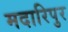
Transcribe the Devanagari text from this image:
मदारिपुर